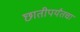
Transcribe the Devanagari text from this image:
छातीपर्यंतचा